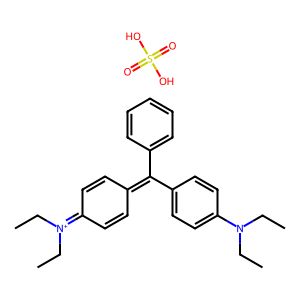
SMILES: CCN(CC)c1ccc(C(=C2C=CC(=[N+](CC)CC)C=C2)c2ccccc2)cc1.O=S(=O)(O)O
Inhibits HIV replication: No